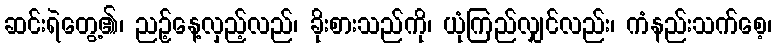
ဆင်းရဲတွေ့၏၊ ညဉ့်နေ့လှည့်လည်၊ ခိုးစားသည်ကို၊ ယုံကြည်လျှင်လည်း၊ ကံနည်းသက်စေ့၊